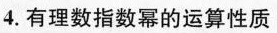
4.有理数指数幂的运算性质